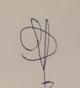
Signature authenticity: forged